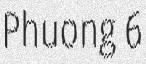
Phuong 6